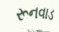
રૂનવાડ